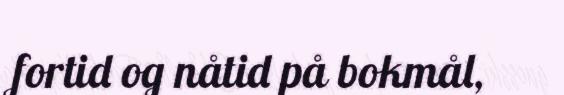
fortid og nåtid på bokmål,